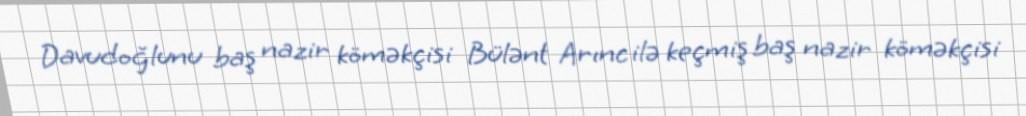
Davudoğlunu baş nazir köməkçisi Bülənt Arınc ilə keçmiş baş nazir köməkçisi